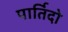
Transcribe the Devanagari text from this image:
पार्तिदो